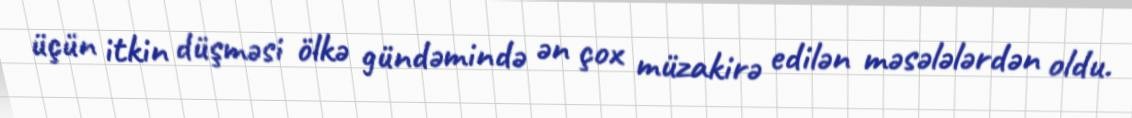
üçün itkin düşməsi ölkə gündəmində ən çox müzakirə edilən məsələlərdən oldu.